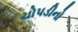
ચોપડીનો